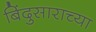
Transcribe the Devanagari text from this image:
बिंदुसाराच्या